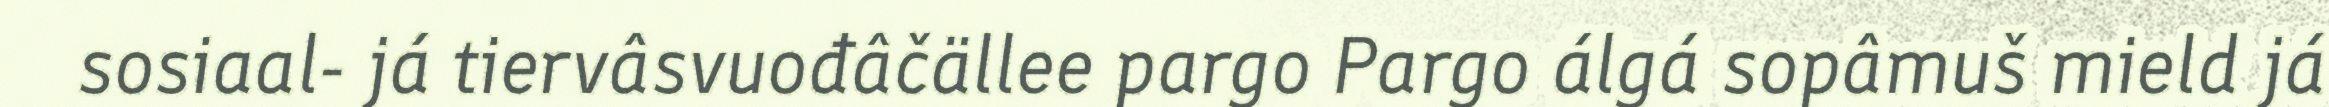
sosiaal- já tiervâsvuođâčällee pargo Pargo álgá sopâmuš mield já